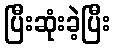
ပြီးဆုံးခဲ့ပြီး